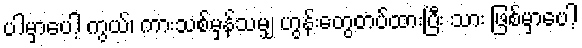
ပါမှာပေါ့ ကွယ်၊ ကားသစ်မှန်သမျှ ဟွန်းတွေတပ်ထားပြီး သား ဖြစ်မှာပေါ့